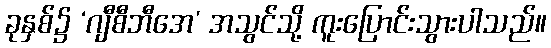
ခုနှစ်၌ ‘ဂျီစီဘီအေ’ အသွင်သို့ ကူးပြောင်းသွားပါသည်။